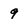
Character: 9